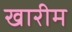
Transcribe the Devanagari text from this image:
खारीम